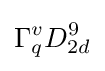
\Gamma _{q}^{v}D_{2d}^{9}